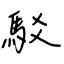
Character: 駁